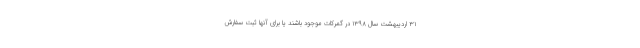
۳۱ اردیبهشت سال ۱۳۹۸ در گمرکات موجود باشند یا برای آنها ثبت سفارش